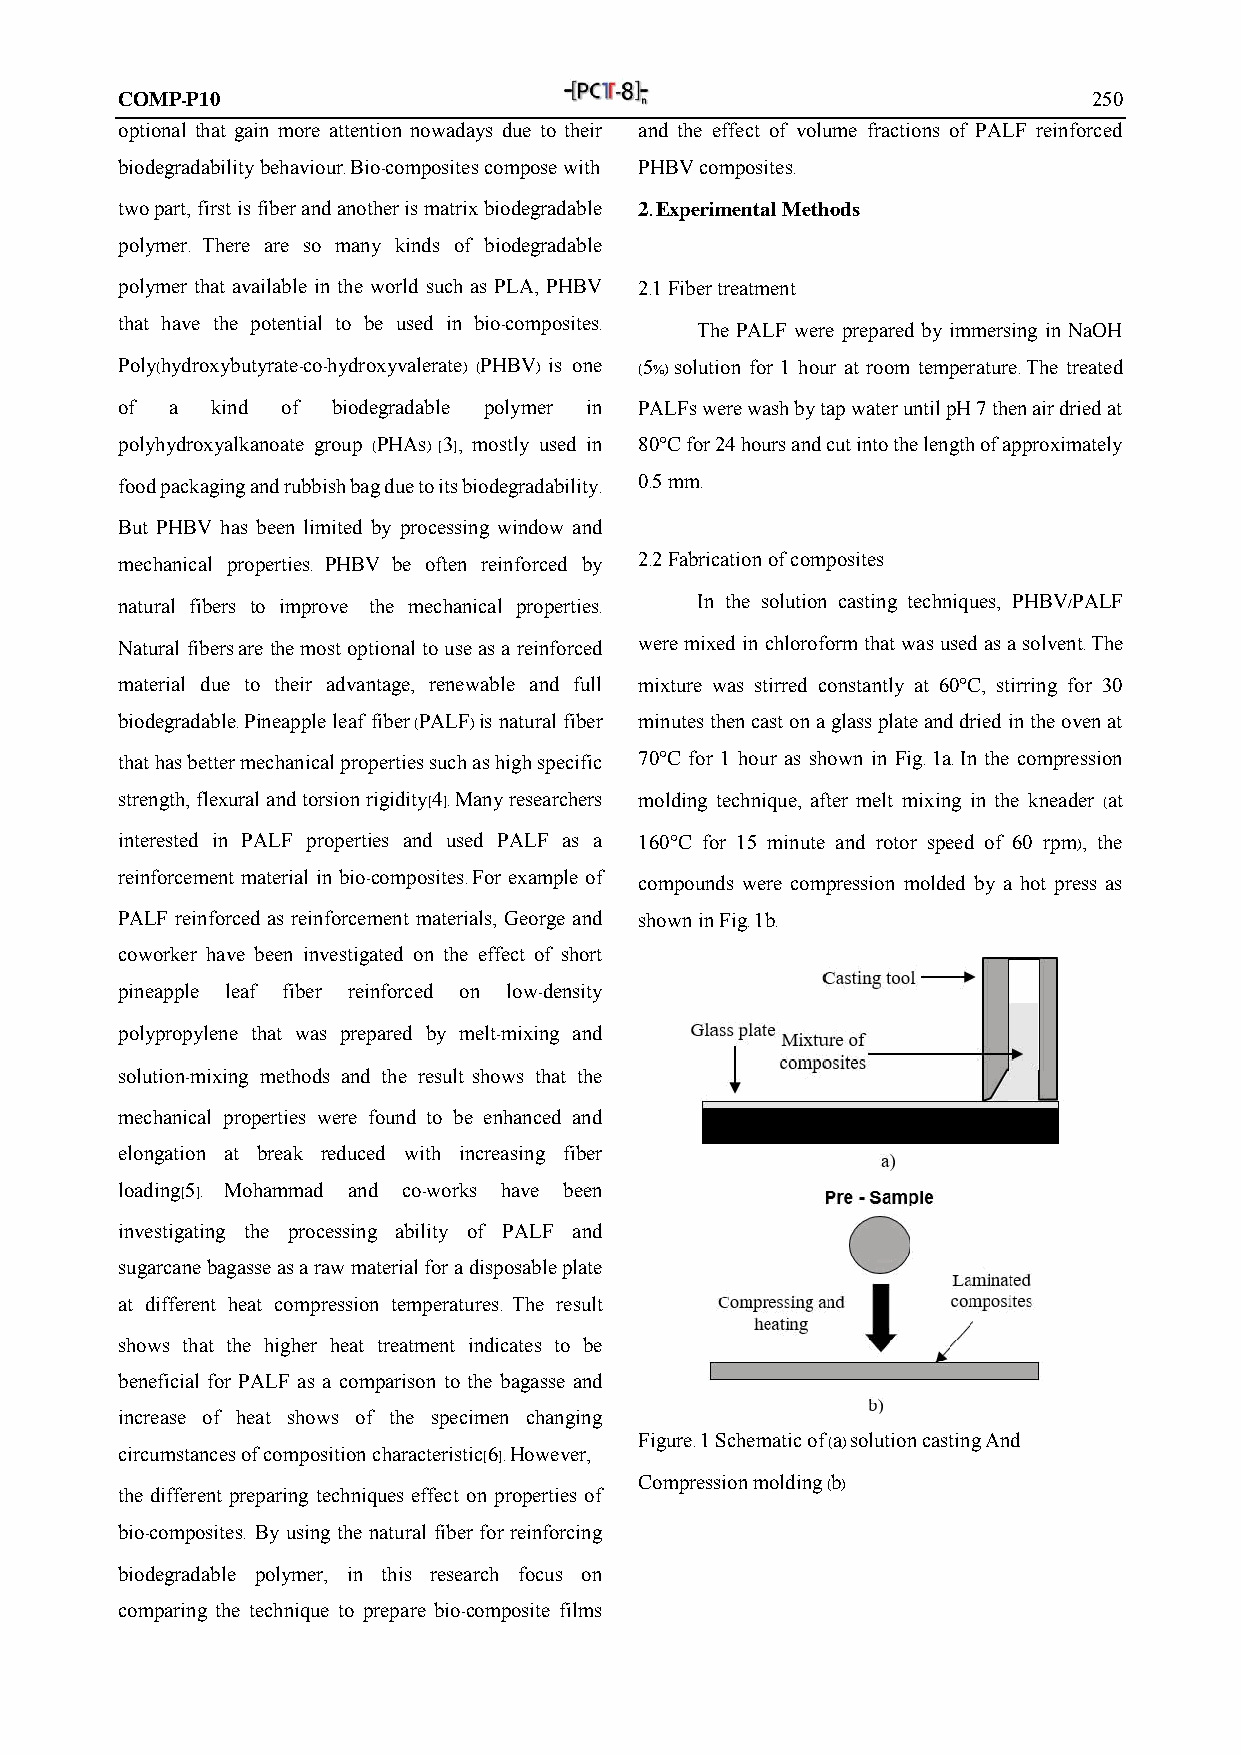
COMP-P10                                                        250
 optional that gain more attention nowadays due to their and the effect of volume fractions of PALF reinforced
 biodegradability behaviour. Bio-composites compose with PHBV composites.
 two part, first is fiber and another is matrix biodegradable 2. Experimental Methods
 polymer. There are so many kinds of biodegradable
 polymer that available in the world such as PLA, PHBV 2.1 Fiber treatment
 that have the potential to be used in bio-composites.
 The PALF were prepared by immersing in NaOH
 Poly(hydroxybutyrate-co-hydroxyvalerate) (PHBV) is one (5%) solution for 1 hour at room temperature. The treated
 of a  kind of biodegradable polymer in PALFs were wash by tap water until pH 7 then air dried at
 polyhydroxyalkanoate group (PHAs) [3], mostly used in 80°C for 24 hours and cut into the length of approximately
 food packaging and rubbish bag due to its biodegradability. 0.5 mm.
 But PHBV has been limited by processing window and
 mechanical properties. PHBV be often reinforced by 2.2 Fabrication of composites
 natural fibers to improve the mechanical properties. In the solution casting techniques, PHBV/PALF
 Natural fibers are the most optional to use as a reinforced were mixed in chloroform that was used as a solvent. The
 material due to their advantage, renewable and full mixture was stirred constantly at 60°C, stirring for 30
 biodegradable. Pineapple leaf fiber (PALF) is natural fiber minutes then cast on a glass plate and dried in the oven at
 that has better mechanical properties such as high specific 70°C for 1 hour as shown in Fig. 1a. In the compression
 strength, flexural and torsion rigidity[4]. Many researchers molding technique, after melt mixing in the kneader (at
 interested in PALF properties and used PALF as a 160°C for 15 minute and rotor speed of 60 rpm), the
 reinforcement material in bio-composites. For example of
 compounds were compression molded by a hot press as
 PALF reinforced as reinforcement materials, George and shown in Fig. 1b.
 coworker have been investigated on the effect of short
 pineapple leaf fiber reinforced on low-density
 polypropylene that was prepared by melt-mixing and
 solution-mixing methods and the result shows that the
 mechanical properties were found to be enhanced and
 elongation at break reduced with increasing fiber
 loading[5]. Mohammad and co-works have been
 investigating the processing ability of PALF and
 sugarcane bagasse as a raw material for a disposable plate
 at different heat compression temperatures. The result
 shows that the higher heat treatment indicates to be
 beneficial for PALF as a comparison to the bagasse and
 increase of heat shows of the specimen changing
 Figure. 1 Schematic of (a) solution casting And
 circumstances of composition characteristic[6]. However,
 Compression molding (b)
 the different preparing techniques effect on properties of
 bio-composites. By using the natural fiber for reinforcing
 biodegradable polymer, in this research focus on
 comparing the technique to prepare bio-composite films